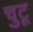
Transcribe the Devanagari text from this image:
चुटू